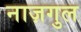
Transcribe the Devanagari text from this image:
नाज़गुल